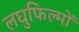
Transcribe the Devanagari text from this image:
लघुफिल्मों